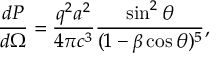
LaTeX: { \frac { d P } { d \Omega } } = { \frac { q ^ { 2 } a ^ { 2 } } { 4 \pi c ^ { 3 } } } { \frac { \sin ^ { 2 } \theta } { ( 1 - \beta \cos \theta ) ^ { 5 } } } ,